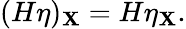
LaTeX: (H\eta)_{\mathbf{X}}=H\eta_{\mathbf{X}}.